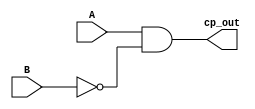
`timescale 1ns / 1ps
//////////////////////////////////////////////////////////////////////////////////
// Company: 
// Engineer: 
// 
// Design Name: 
// Module Name: comparator_1bit
// Project Name: 
// Target Devices: 
// Tool Versions: 
// Description: 
// 
// Dependencies: 
// 
// Revision:
// Revision 0.01 - File Created
// Additional Comments:
// 
//////////////////////////////////////////////////////////////////////////////////


module comparator_1bit(
A,B,cp_out
    );
    input A,B;
    output cp_out;
    wire A,B;
    wire cp_out;
    assign cp_out = A&~B;
endmodule